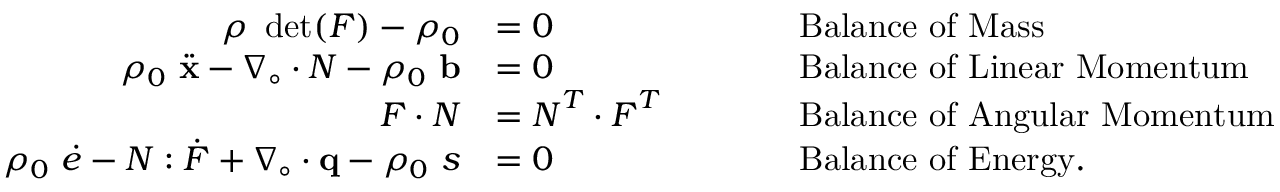
{ \begin{array} { r l r l } { \rho ~ \operatorname* { d e t } ( { \boldsymbol { F } } ) - \rho _ { 0 } } & { = 0 } & & { \qquad { \mathrm { B a l a n c e ~ o f ~ M a s s } } } \\ { \rho _ { 0 } ~ { \ddot { \mathbf { x } } } - { \boldsymbol { \nabla } } _ { \circ } \cdot { \boldsymbol { N } } - \rho _ { 0 } ~ \mathbf { b } } & { = 0 } & & { \qquad { \mathrm { B a l a n c e ~ o f ~ L i n e a r ~ M o m e n t u m } } } \\ { { \boldsymbol { F } } \cdot { \boldsymbol { N } } } & { = { \boldsymbol { N } } ^ { T } \cdot { \boldsymbol { F } } ^ { T } } & & { \qquad { \mathrm { B a l a n c e ~ o f ~ A n g u l a r ~ M o m e n t u m } } } \\ { \rho _ { 0 } ~ { \dot { e } } - { \boldsymbol { N } } : { \dot { \boldsymbol { F } } } + { \boldsymbol { \nabla } } _ { \circ } \cdot \mathbf { q } - \rho _ { 0 } ~ s } & { = 0 } & & { \qquad { \mathrm { B a l a n c e ~ o f ~ E n e r g y . } } } \end{array} }